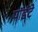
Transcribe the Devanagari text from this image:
पॉइंटे